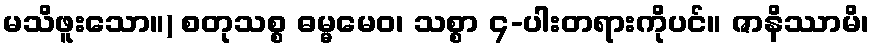
မသိဖူးသော။) စတုသစ္စ ဓမ္မမေဝ၊ သစ္စာ ၄-ပါးတရားကိုပင်။ ဇာနိဿာမိ၊